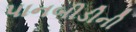
પાનબીડીની